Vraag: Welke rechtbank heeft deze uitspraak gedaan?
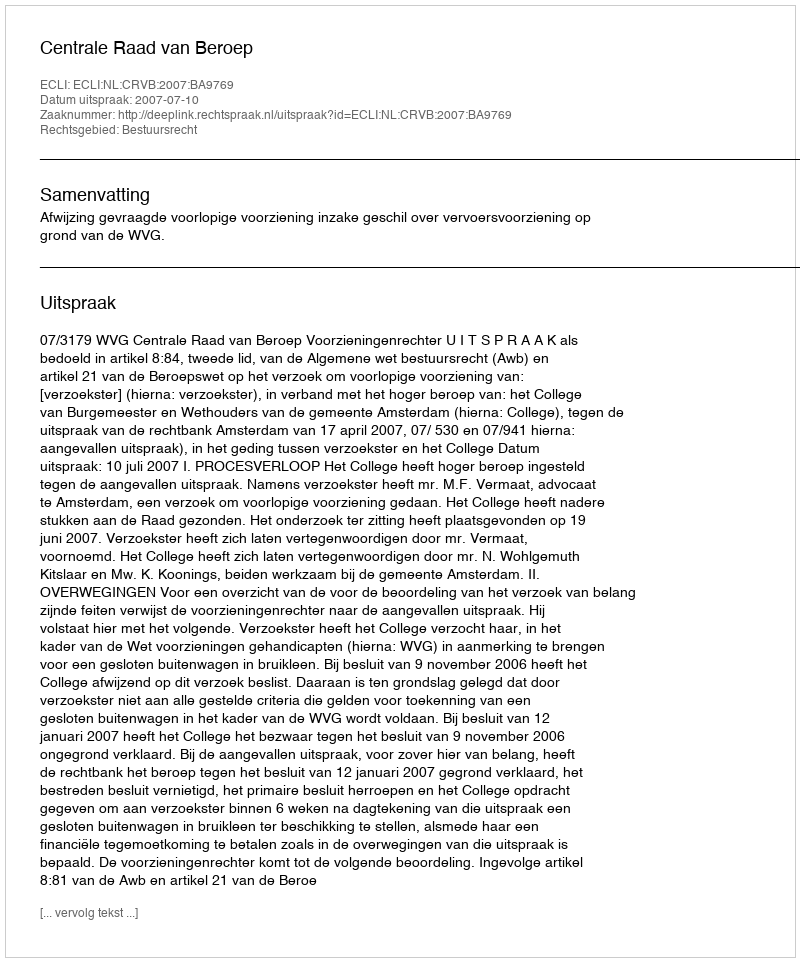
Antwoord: Centrale Raad van Beroep